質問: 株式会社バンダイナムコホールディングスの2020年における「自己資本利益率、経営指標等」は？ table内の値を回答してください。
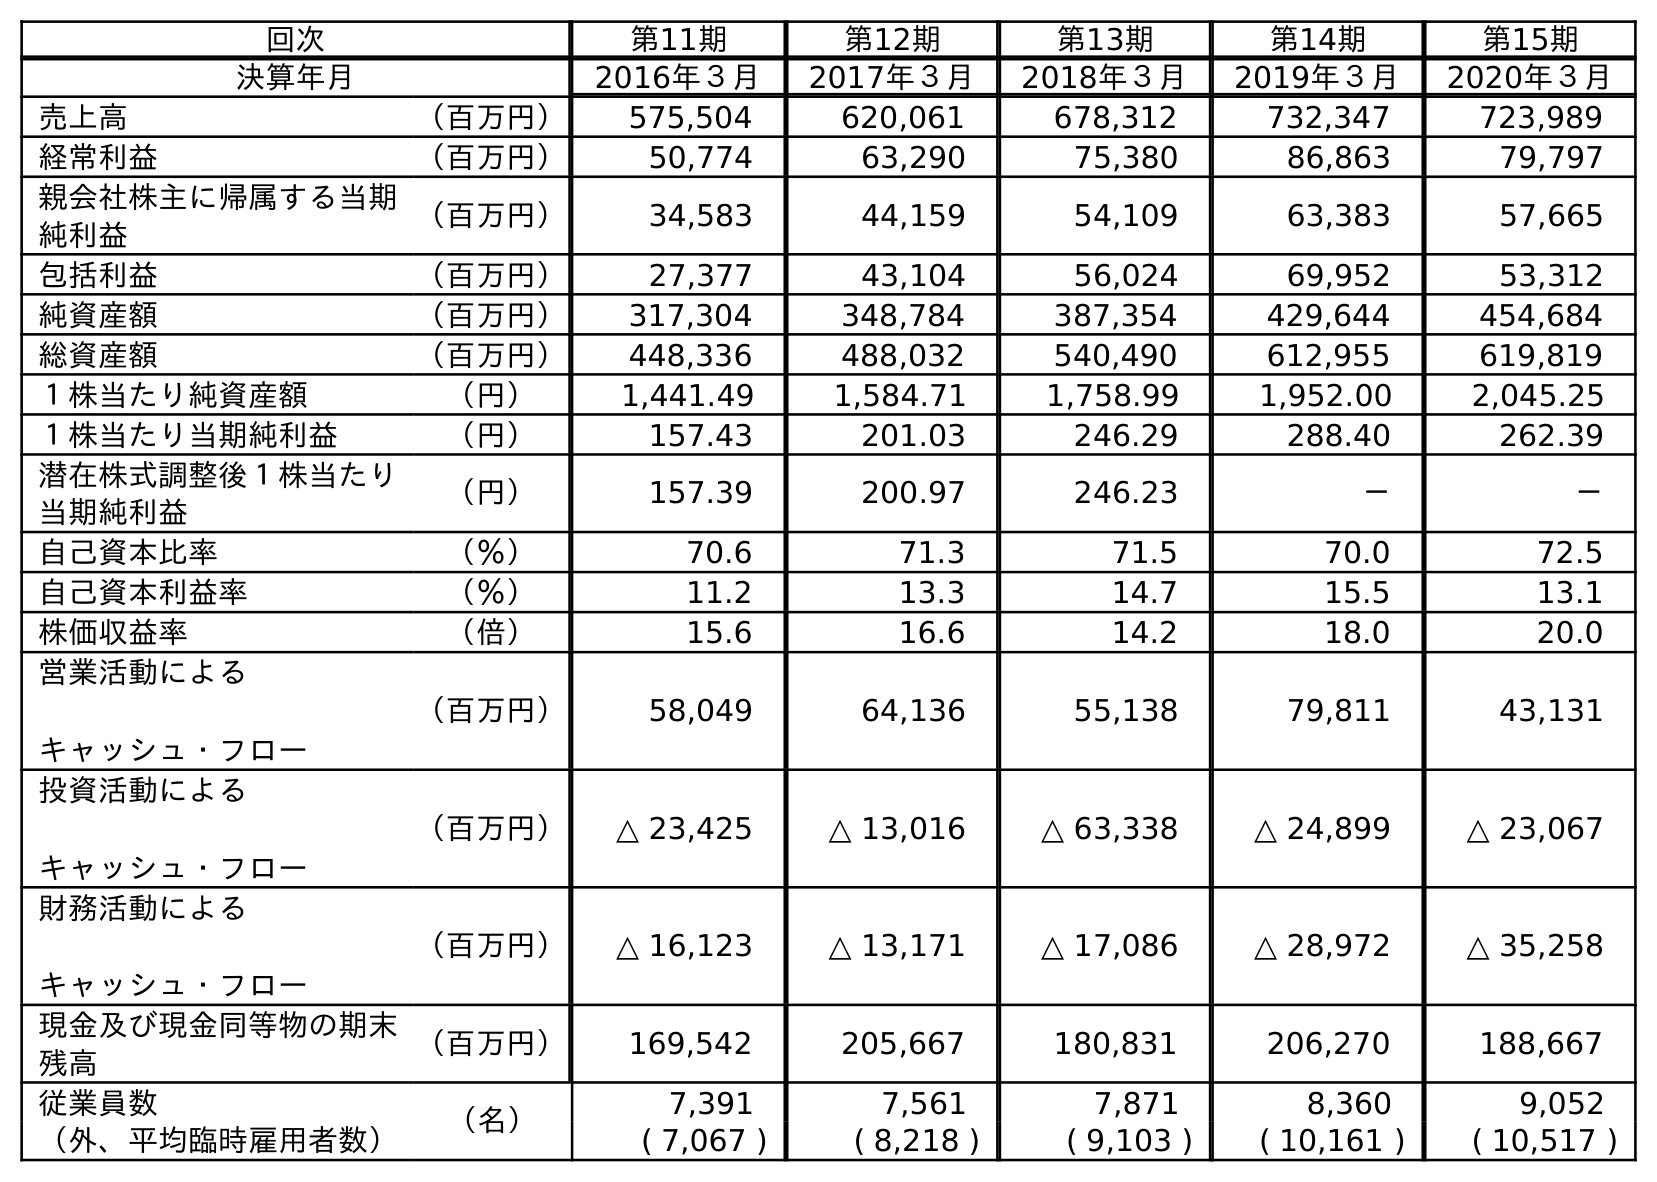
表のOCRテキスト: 回次 第11期 第12期 第13期 第14期 第15期 決算年月 2016年３月 2017年３月 2018年３月 2019年３月 2020年３月 売上高 （百万円） 575,504 620,061 678,312 732,347 723,989 経常利益 （百万円） 50,774 63,290 75,380 86,863 79,797 親会社株主に帰属する当期 純利益 （百万円） 34,583 44,159 54,109 63,383 57,665 包括利益 （百万円） 27,377 43,104 56,024 69,952 53,312 純資産額 （百万円） 317,304 348,784 387,354 429,644 454,684 総資産額 （百万円） 448,336 488,032 540,490 612,955 619,819 １株当たり純資産額 （円） 1,441.49 1,584.71 1,758.99 1,952.00 2,045.25 １株当たり当期純利益 （円） 157.43 201.03 246.29 288.40 262.39 潜在株式調整後１株当たり 当期純利益 （円） 157.39 200.97 246.23 － － 自己資本比率 （％） 70.6 71.3 71.5 70.0 72.5 自己資本利益率 （％） 11.2 13.3 14.7 15.5 13.1 株価収益率 （倍） 15.6 16.6 14.2 18.0 20.0 営業活動による キャッシュ・フロー （百万円） 58,049 64,136 55,138 79,811 43,131 投資活動による キャッシュ・フロー （百万円） △ 23,425 △ 13,016 △ 63,338 △ 24,899 △ 23,067 財務活動による キャッシュ・フロー （百万円） △ 16,123 △ 13,171 △ 17,086 △ 28,972 △ 35,258 現金及び現金同等物の期末 残高 （百万円） 169,542 205,667 180,831 206,270 188,667 従業員数 （名） 7,391 7,561 7,871 8,360 9,052 （外、平均臨時雇用者数） ( 7,067 ) ( 8,218 ) ( 9,103 ) ( 10,161 ) ( 10,517 )
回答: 13.1